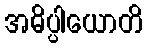
အဓိပ္ပါယောတိ